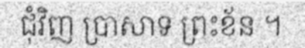
ជុំវិញ ប្រាសាទ ព្រះខ័ន ។